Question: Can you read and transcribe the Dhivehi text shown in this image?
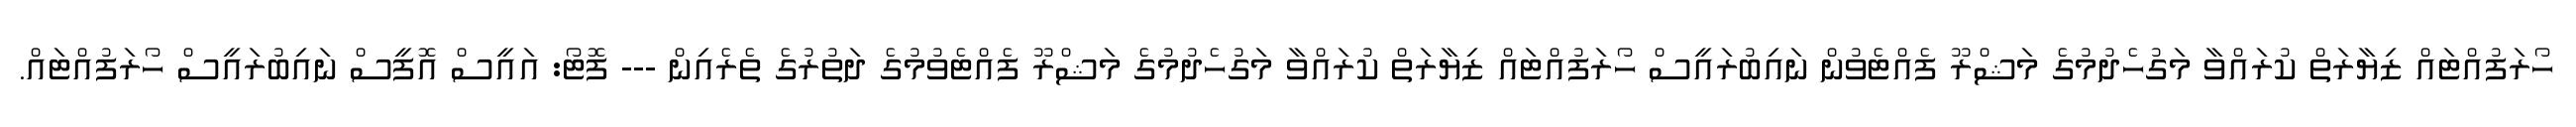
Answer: ހޯރަފުއްޓައް ޒިޔާރަތް ކުރައްވާ މަގުހެދުމުގެ މަޝްރޫ ފެއްޓެވުން ނައިބުރައީސް ހޯރަފުއްޓައް ޒިޔާރަތް ކުރައްވާ މަގުހެދުމުގެ މަޝްރޫ ފެއްޓެވުމުގެ ދަތުރުގެ ތެރެއިން --- ފޮޓޯ: އައީސް އޮފީސް ނައިބުރައީސް ހޯރަފުއްޓައް.